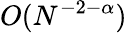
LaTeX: O(N^{-2-\alpha})